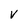
Character: v